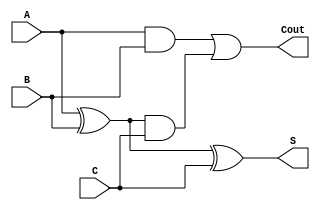
module lookAhead1b (
    input A,
    input B,
    input C,
    output S,
    output Cout
);
    wire P;
    wire G;

    // um wire sem definicao
    wire noDef;

    xor (P, A, B);
    xor (S, P, C);

    and (G, A, B);
    and (noDef, P, C);

    or (Cout, G, noDef);
endmodule